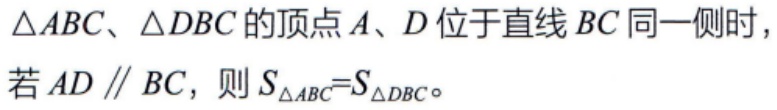
$\triangle ABC、\triangle DBC$的顶点$A、D$位于直线$BC$同一侧时，若$AD \parallel BC$，则$S_{\triangle ABC}=S_{\triangle DBC}$。